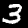
Digit: 3